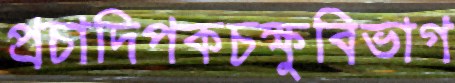
প্রচাদিপকচক্ষুবিভাগ